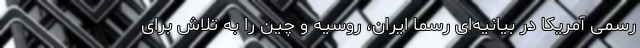
رسمی آمریکا در بیانیه‌ای رسماً ایران، روسیه و چین را به تلاش برای